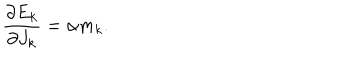
\frac { \partial E _ { k } } { \partial J _ { k } } = \alpha m _ { k } .